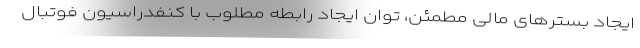
ایجاد بسترهای مالی مطمئن، توان ایجاد رابطه مطلوب با کنفدراسیون فوتبال